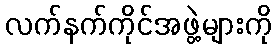
လက်နက်ကိုင်အဖွဲ့များကို